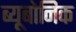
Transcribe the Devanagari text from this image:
ब्यूबोनिक